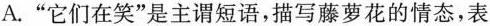
A.”它们在笑”是主谓短语，描写藤萝花的情态，表